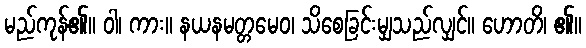
မည်ကုန်၏။ ဝါ၊ ကား။ နယနမတ္တမေဝ၊ သိစေခြင်းမျှသည်လျှင်။ ဟောတိ၊ ၏။